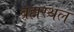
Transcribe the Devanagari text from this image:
ब्रह्मस्थल